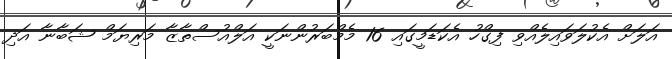
އަލަށް އެކުލަވައިލެއްވި ފިގްހު އެކަޑަމީގައި 16 މެމްބަރުންނަކީ އަލްއުސްތާޒާ މަރިޔަމް ޝަބާނާ އަދި